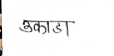
मजकूर: उकाडा